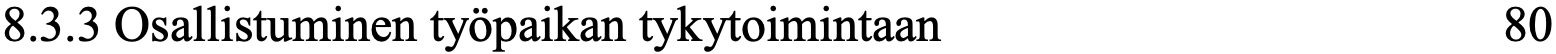
8.3.3 Osallistuminen työpaikan tykytoimintaan     80